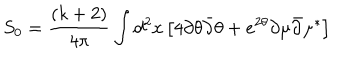
LaTeX: S _ { 0 } = \frac { ( k + 2 ) } { 4 \pi } \int d ^ { 2 } x \left[ 4 \partial \theta { \bar { \partial } } \theta + e ^ { 2 \theta } \partial \mu { \bar { \partial } } \mu ^ { \ast } \right]